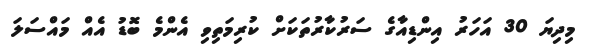
މިދިޔަ 30 އަހަރު އިންޑިއާގެ ސަރުކާރުތަކަށް ކުރިމަތިވި އެންމެ ބޮޑު އެއް މައްސަލަ